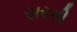
સરગી